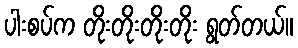
ပါးစပ်က တိုးတိုးတိုးတိုး ရွတ်တယ်။